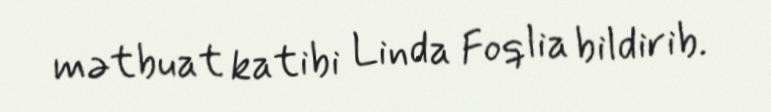
mətbuat katibi Linda Foqlia bildirib.